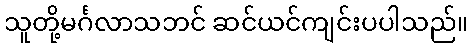
သူတို့မင်္ဂလာသဘင် ဆင်ယင်ကျင်းပပါသည်။